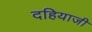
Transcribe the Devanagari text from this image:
दहियाजी